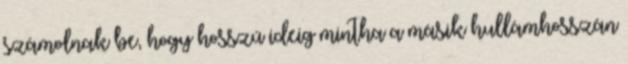
számolnak be, hogy hosszú ideig mintha a másik hullámhosszán